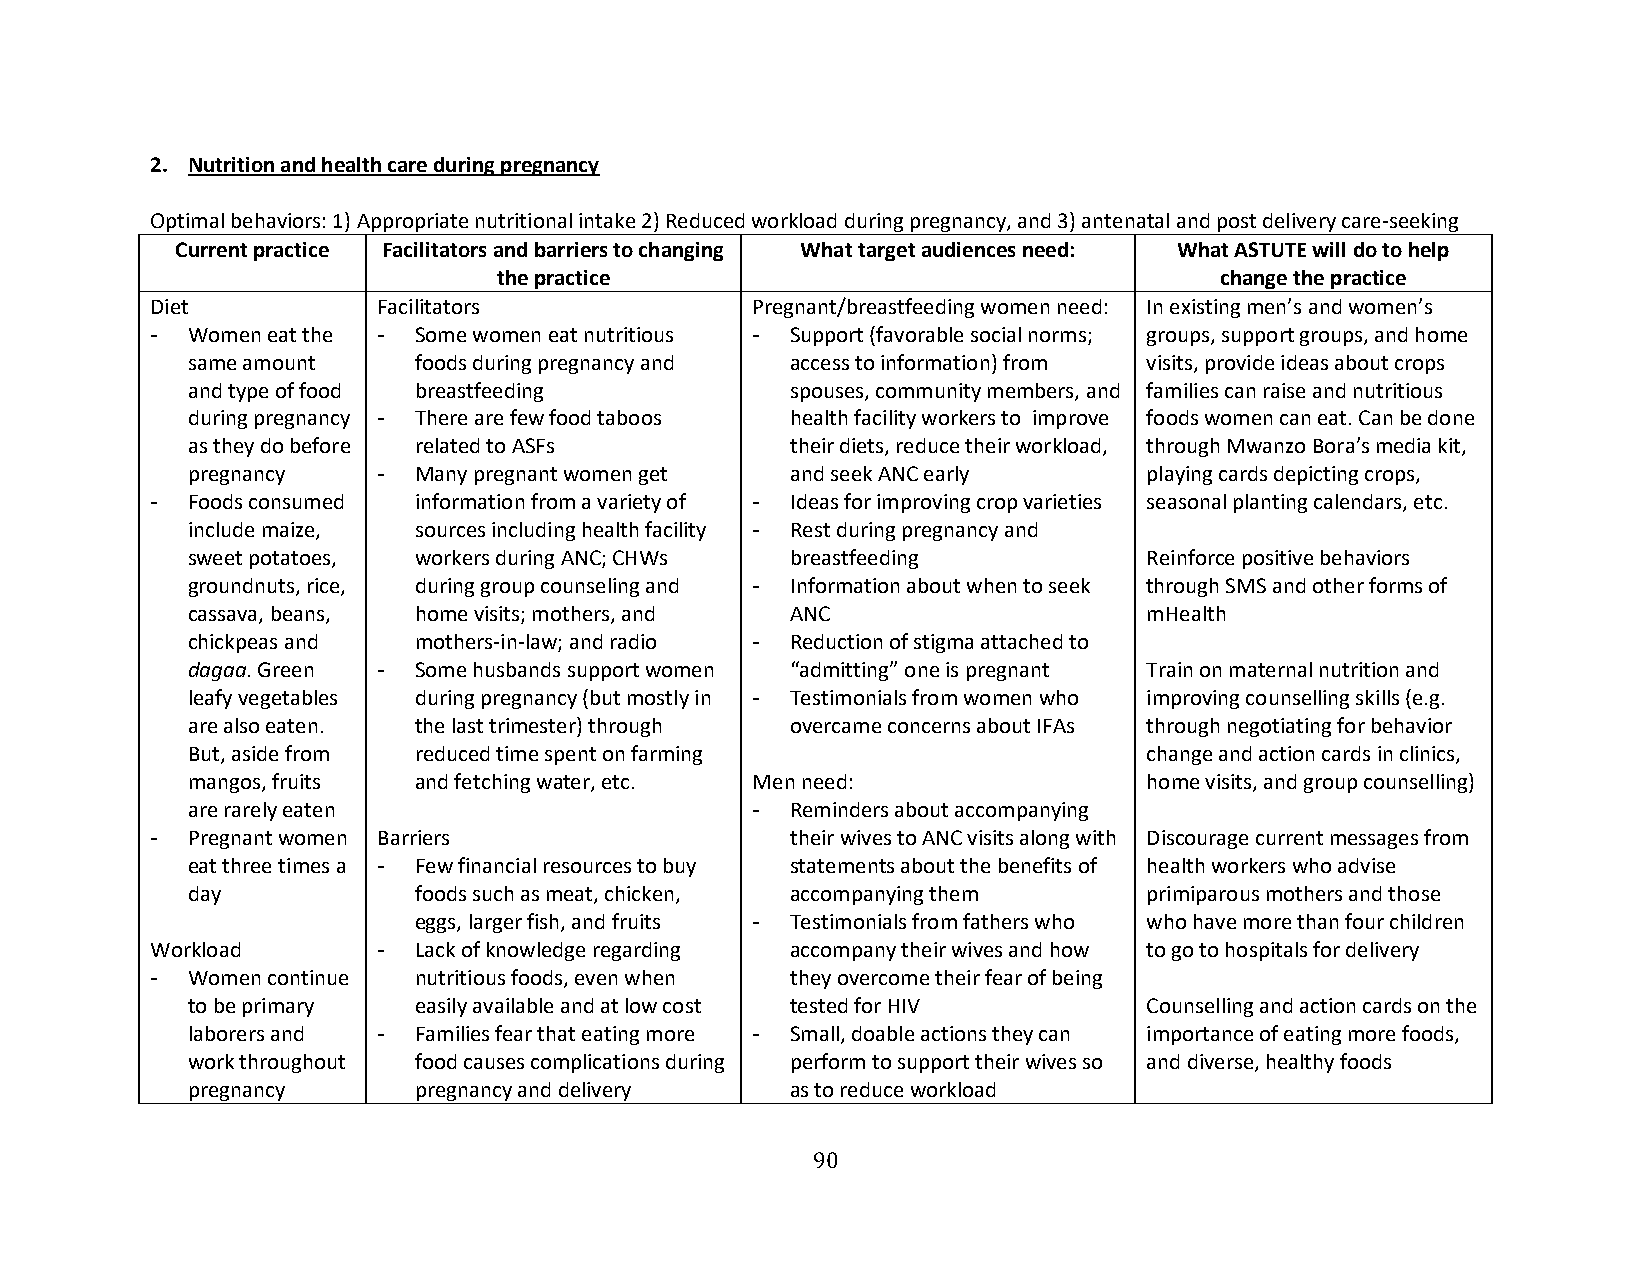
2. Nutrition and health care during pregnancy
 Optimal behaviors: 1) Appropriate nutritional intake 2) Reduced workload during pregnancy, and 3) antenatal and post delivery care-seeking
 Current practice Facilitators and barriers to changing What target audiences need: What ASTUTE will do to help
 the practice                                    change the practice
 Diet           Facilitators             Pregnant/breastfeeding women need: In existing men’s and women’s
 - Women eat the - Some women eat nutritious - Support (favorable social norms; groups, support groups, and home
 same amount    foods during pregnancy and access to information) from visits, provide ideas about crops
 and type of food breastfeeding          spouses, community members, and families can raise and nutritious
 during pregnancy - There are few food taboos health facility workers to improve foods women can eat. Can be done
 as they do before related to ASFs       their diets, reduce their workload, through Mwanzo Bora’s media kit,
 pregnancy    - Many pregnant women get  and seek ANC early      playing cards depicting crops,
 - Foods consumed information from a variety of - Ideas for improving crop varieties seasonal planting calendars, etc.
 include maize, sources including health facility - Rest during pregnancy and
 sweet potatoes, workers during ANC; CHWs breastfeeding          Reinforce positive behaviors
 groundnuts, rice, during group counseling and - Information about when to seek through SMS and other forms of
 cassava, beans, home visits; mothers, and ANC                   mHealth
 chickpeas and  mothers-in-law; and radio - Reduction of stigma attached to
 dagaa. Green - Some husbands support women “admitting” one is pregnant Train on maternal nutrition and
 leafy vegetables during pregnancy (but mostly in - Testimonials from women who improving counselling skills (e.g.
 are also eaten. the last trimester) through overcame concerns about IFAs through negotiating for behavior
 But, aside from reduced time spent on farming                   change and action cards in clinics,
 mangos, fruits and fetching water, etc. Men need:               home visits, and group counselling)
 are rarely eaten                      - Reminders about accompanying
 - Pregnant women Barriers                 their wives to ANC visits along with Discourage current messages from
 eat three times a - Few financial resources to buy statements about the benefits of health workers who advise
 day            foods such as meat, chicken, accompanying them   primiparous mothers and those
 eggs, larger fish, and fruits - Testimonials from fathers who who have more than four children
 Workload       - Lack of knowledge regarding accompany their wives and how to go to hospitals for delivery
 - Women continue nutritious foods, even when they overcome their fear of being
 to be primary  easily available and at low cost tested for HIV  Counselling and action cards on the
 laborers and - Families fear that eating more - Small, doable actions they can importance of eating more foods,
 work throughout food causes complications during perform to support their wives so and diverse, healthy foods
 pregnancy      pregnancy and delivery   as to reduce workload
 90